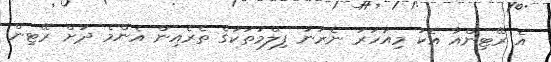
އެ ރޭޓިންއާ އެކު މިއަހަރު ނެރުނު ފިލްމުތަކުގެ ތެރެއިން އެންމެ ދަށް ރޭޓިން